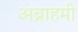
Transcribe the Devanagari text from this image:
अब्राहमी